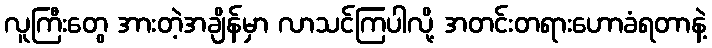
လူကြီးတွေ အားတဲ့အချိန်မှာ လာသင်ကြပါလို့ အတင်းတရားဟောခံရတာနဲ့